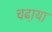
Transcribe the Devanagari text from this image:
चढा़या